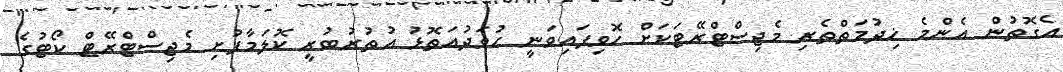
އެގޮތުން އެންމެ ޚިދުމަތްތެރި މެޖިސްޓްރޭޓަކަށް ހޮވިފައިވަނީ ހުވަދުއަތޮޅު އުތުރުބުރީ ކޮލަމާފުށި މެޖިސްޓްރޭޓް ކޯޓުގެ